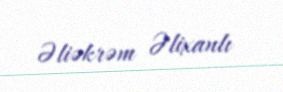
Əliəkrəm Əlixanlı